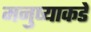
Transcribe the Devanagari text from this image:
मनुष्याकडे